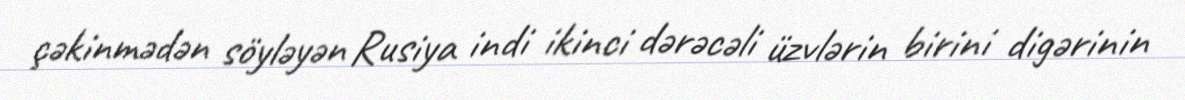
çəkinmədən söyləyən Rusiya indi ikinci dərəcəli üzvlərin birini digərinin